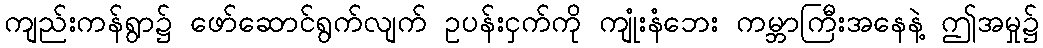
ကျည်းကန်ရွာ၌ ဖော်ဆောင်ရွက်လျက် ဥပန်းငှက်ကို ကျုံးနံဘေး ကမ္ဘာကြီးအနေနဲ့ ဤအမှု၌